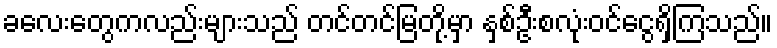
ခလေးတွေကလည်းများသည် တင်တင်မြတို့မှာ နှစ်ဦးစလုံးဝင်ငွေရှိကြသည်။